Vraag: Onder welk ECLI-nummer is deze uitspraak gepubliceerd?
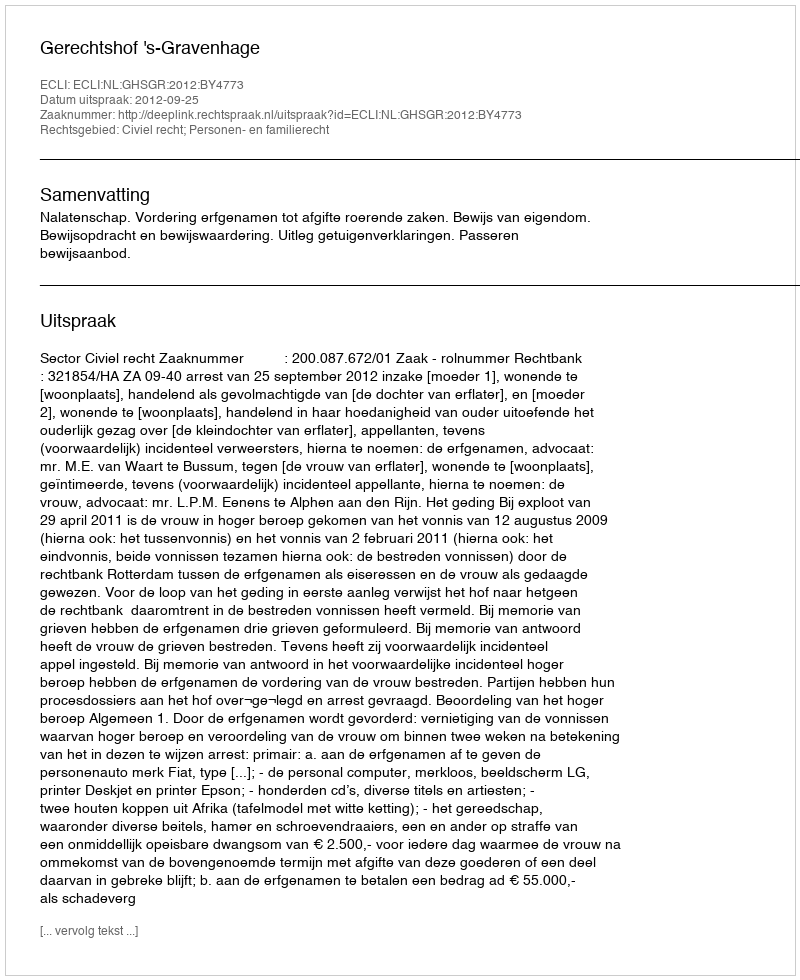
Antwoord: ECLI:NL:GHSGR:2012:BY4773